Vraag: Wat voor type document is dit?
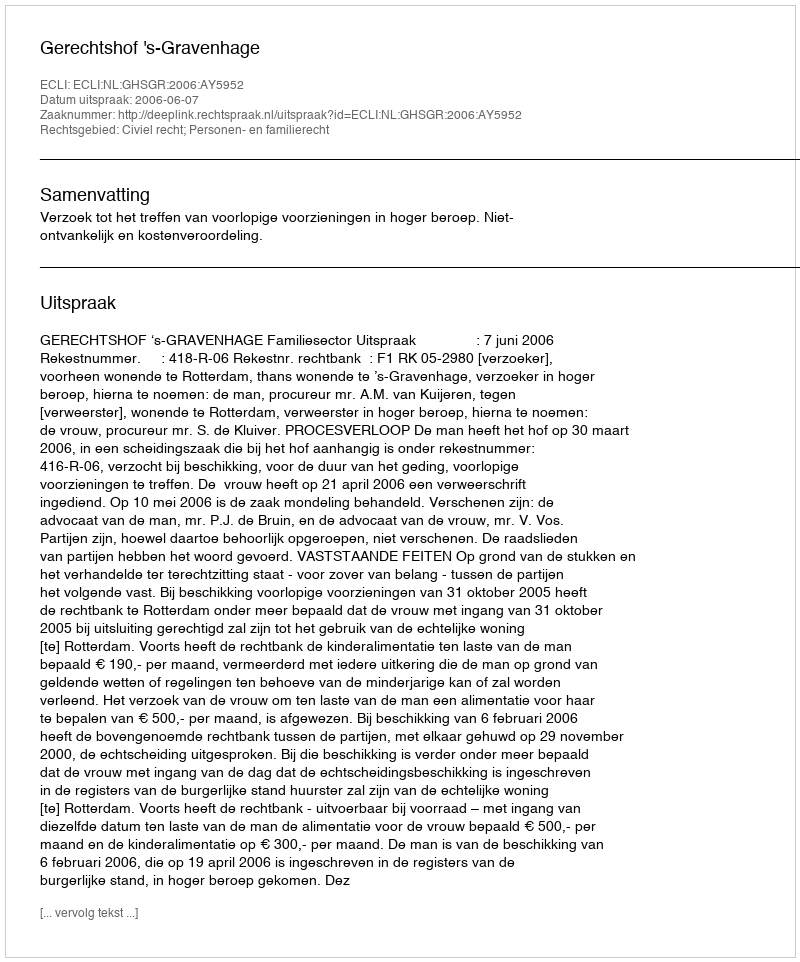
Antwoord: Uitspraak